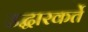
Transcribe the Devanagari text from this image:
उद्धारकर्ते